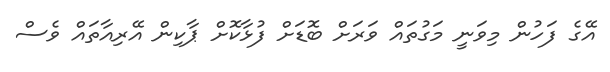
އޭގެ ފަހުން މިވަނީ މަގުތައް ވަރަށް ބޮޑަށް ފުޅާކޮށް ޕާކިން އޭރިއާތައް ވެސް